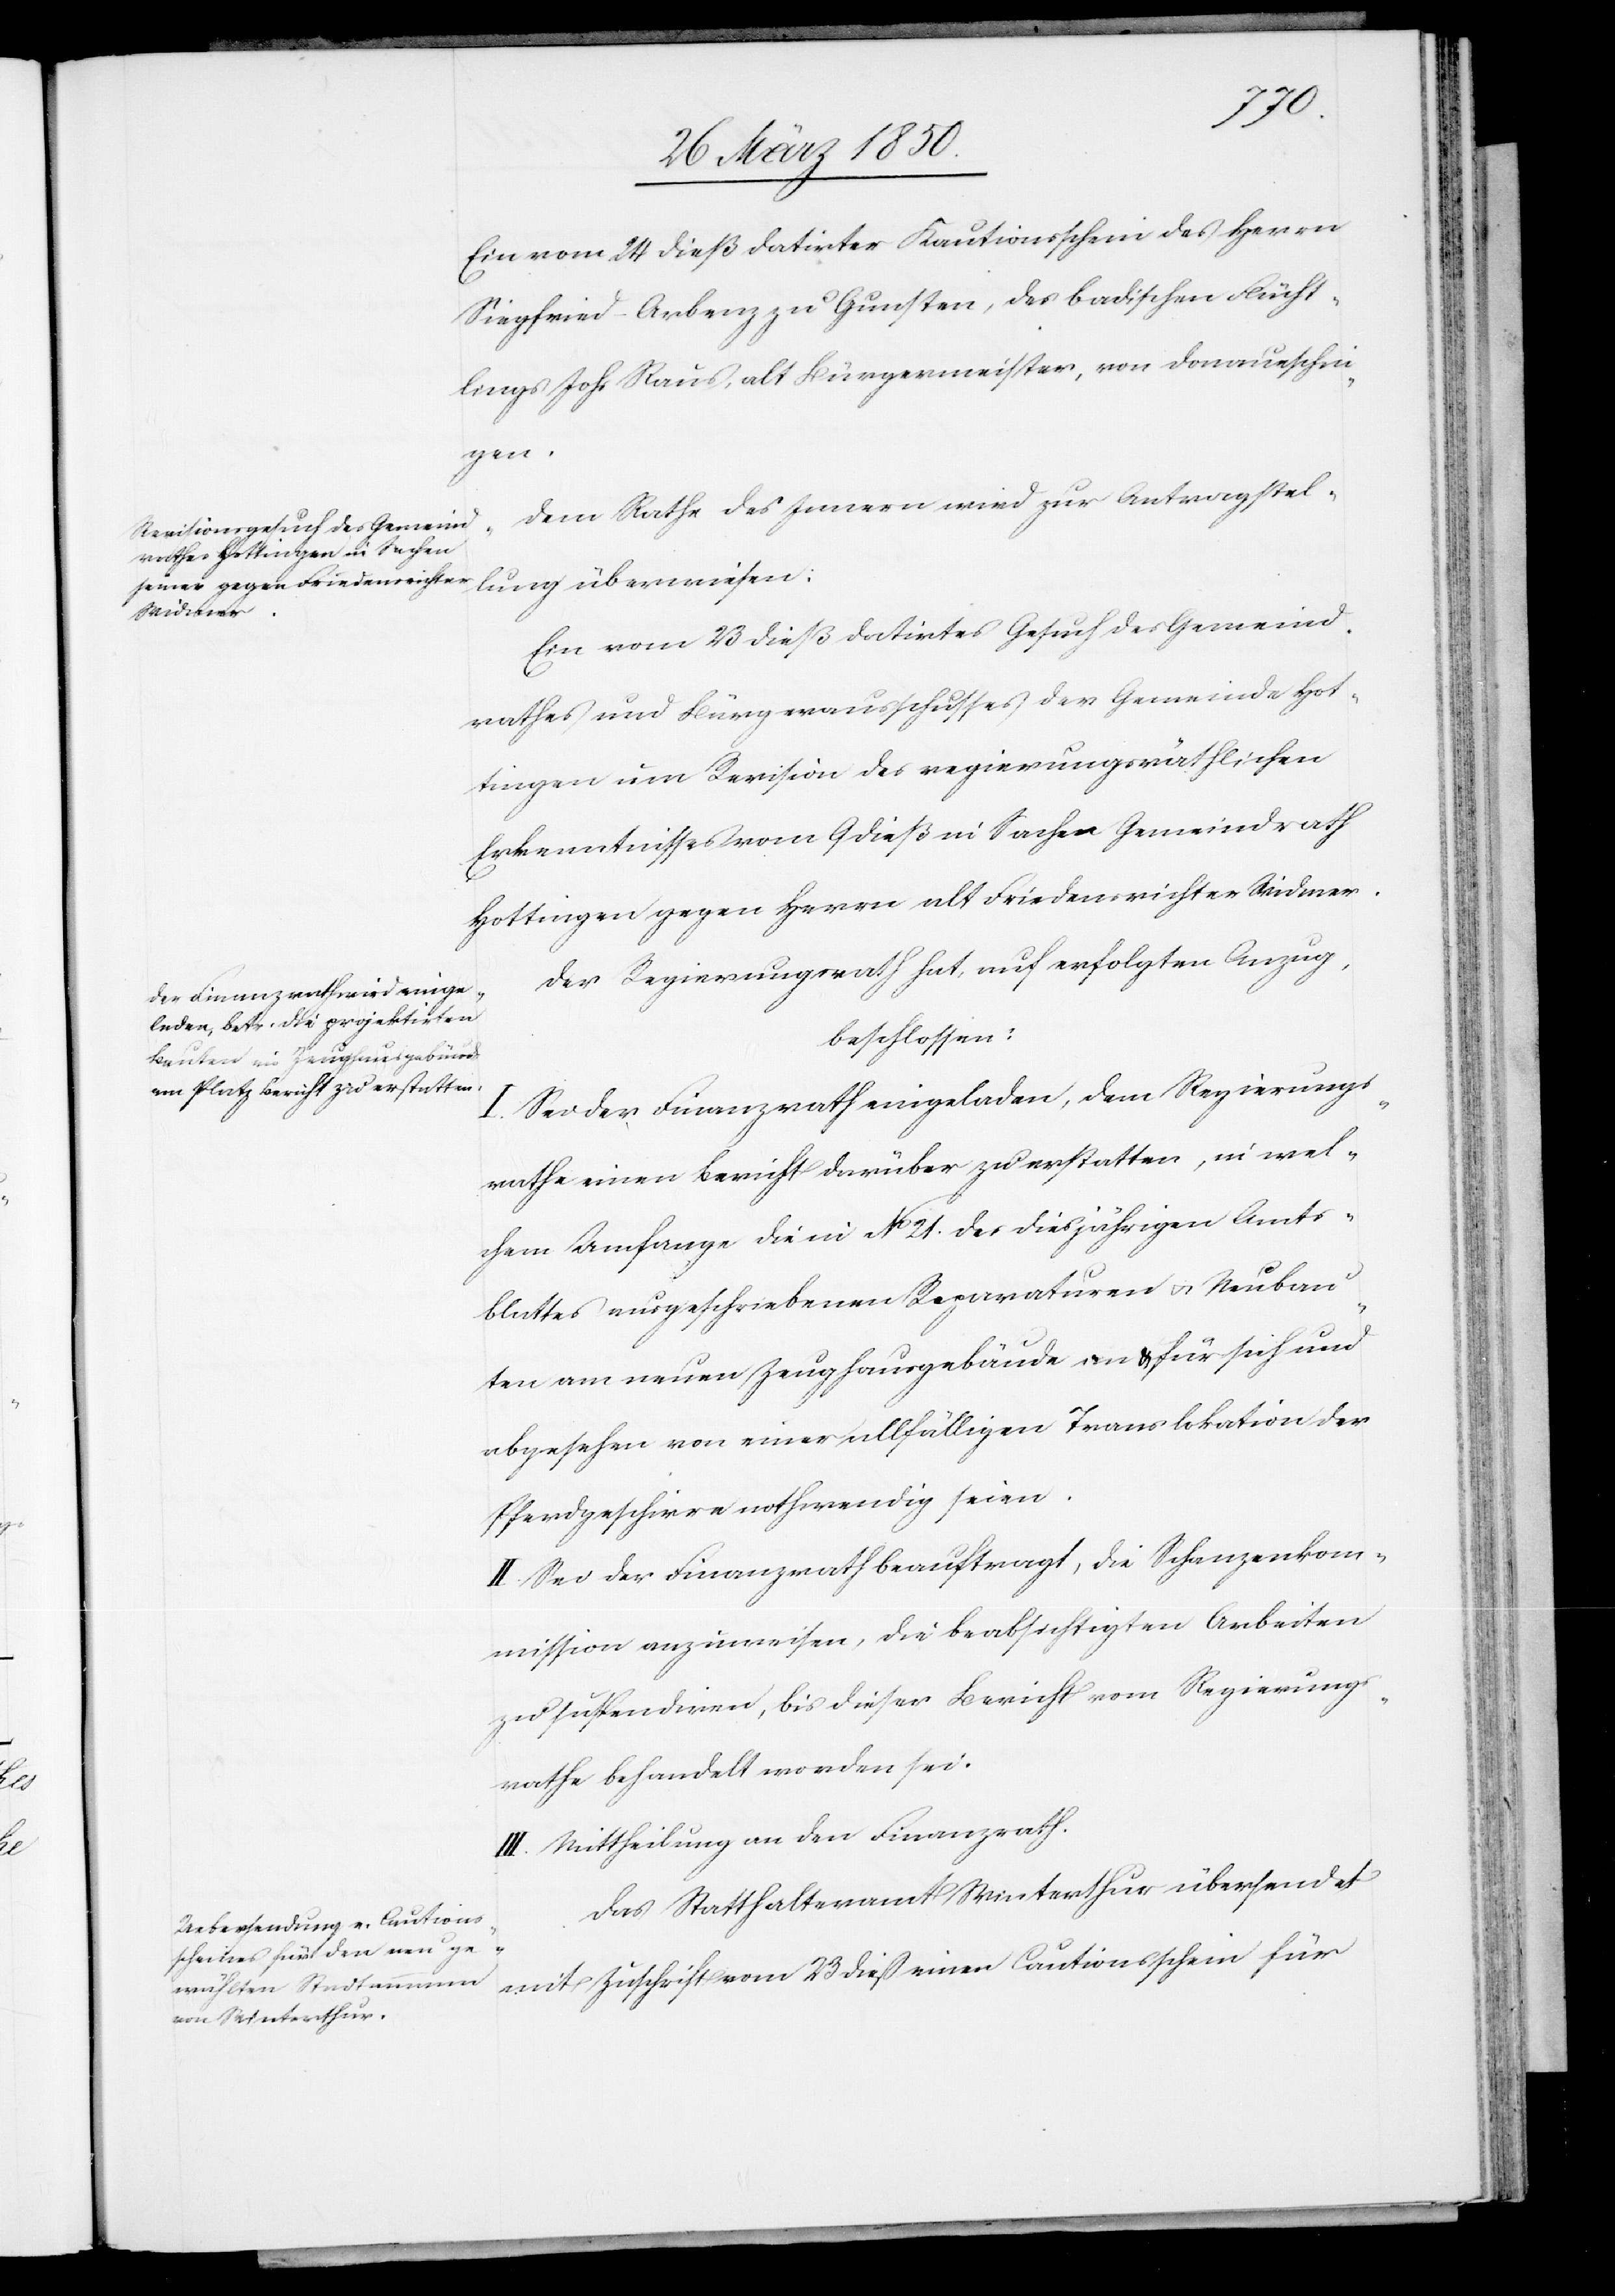
lung
Ein vom 24 dieß datirter Kautionsschein des Herrn
Siegfried-Arbenz zu Gunsten, des badischen Flücht¬
lings Johs Raus, alt Bürgermeister, von Donaueschin¬
gen.
Dem Rathe des Innern wird zur Antragstel¬
Ein vom 23 dieß datirtes Gesuch des Gemeind¬
rathes und Bürgerausschusses der Gemeinde Hot¬
tingen um Revision des regierungsräthlichen
Erkenntnisses vom 9 dieß in Sachen Gemeindrath
Hottingen gegen Herrn alt Friedensrichter Widmer.
Der Regierungsrath hat, auf erfolgten Anzug,
beschlossen:
Sei der Finanzrath eingeladen, dem Regierungs¬
I.
rathe einen Bericht darüber zu erstatten, in wel¬
chem Umfange die in No. 21. des diesjährigen Amts¬
blattes ausgeschriebenen Reparaturen u. Neubau¬
ten am neuen Zeughausgebäude an & für sich und
abgesehen von einer allfälligen Translokation der
Pferdgeschirre nothwendig seien.
II. Sei der Finanzrath beauftragt, die Schanzenkom¬
mission anzuweisen, die beabsichtigten Arbeiten
zu suspendiren, bis dieser Bericht vom Regierungs¬
rathe behandelt worden sei.
III. Mittheilung an den Finanzrath.
Das Statthalteramt Winterthur übersendet
mit Zuschrift vom 23 dieß einen Cautionsschein für